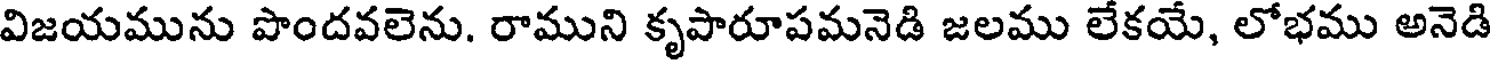
విజయమును పొందవలెను. రాముని కృపారూపమనెడి జలము లేకయే, లోభము అనెడి